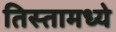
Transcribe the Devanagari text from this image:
तिस्तामध्ये